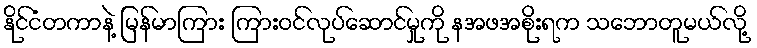
နိုင်ငံတကာနဲ့ မြန်မာကြား ကြားဝင်လုပ်ဆောင်မှုကို နအဖအစိုးရက သဘောတူမယ်လို့